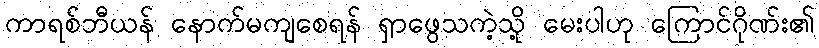
ကာရစ်ဘီယန် နောက်မကျစေရန် ရှာဖွေသကဲ့သို့ မေးပါဟု ကြောင်ဂိုဏ်း၏